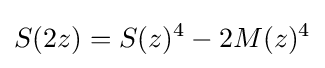
S(2z)=S(z)^{4}-2M(z)^{4}